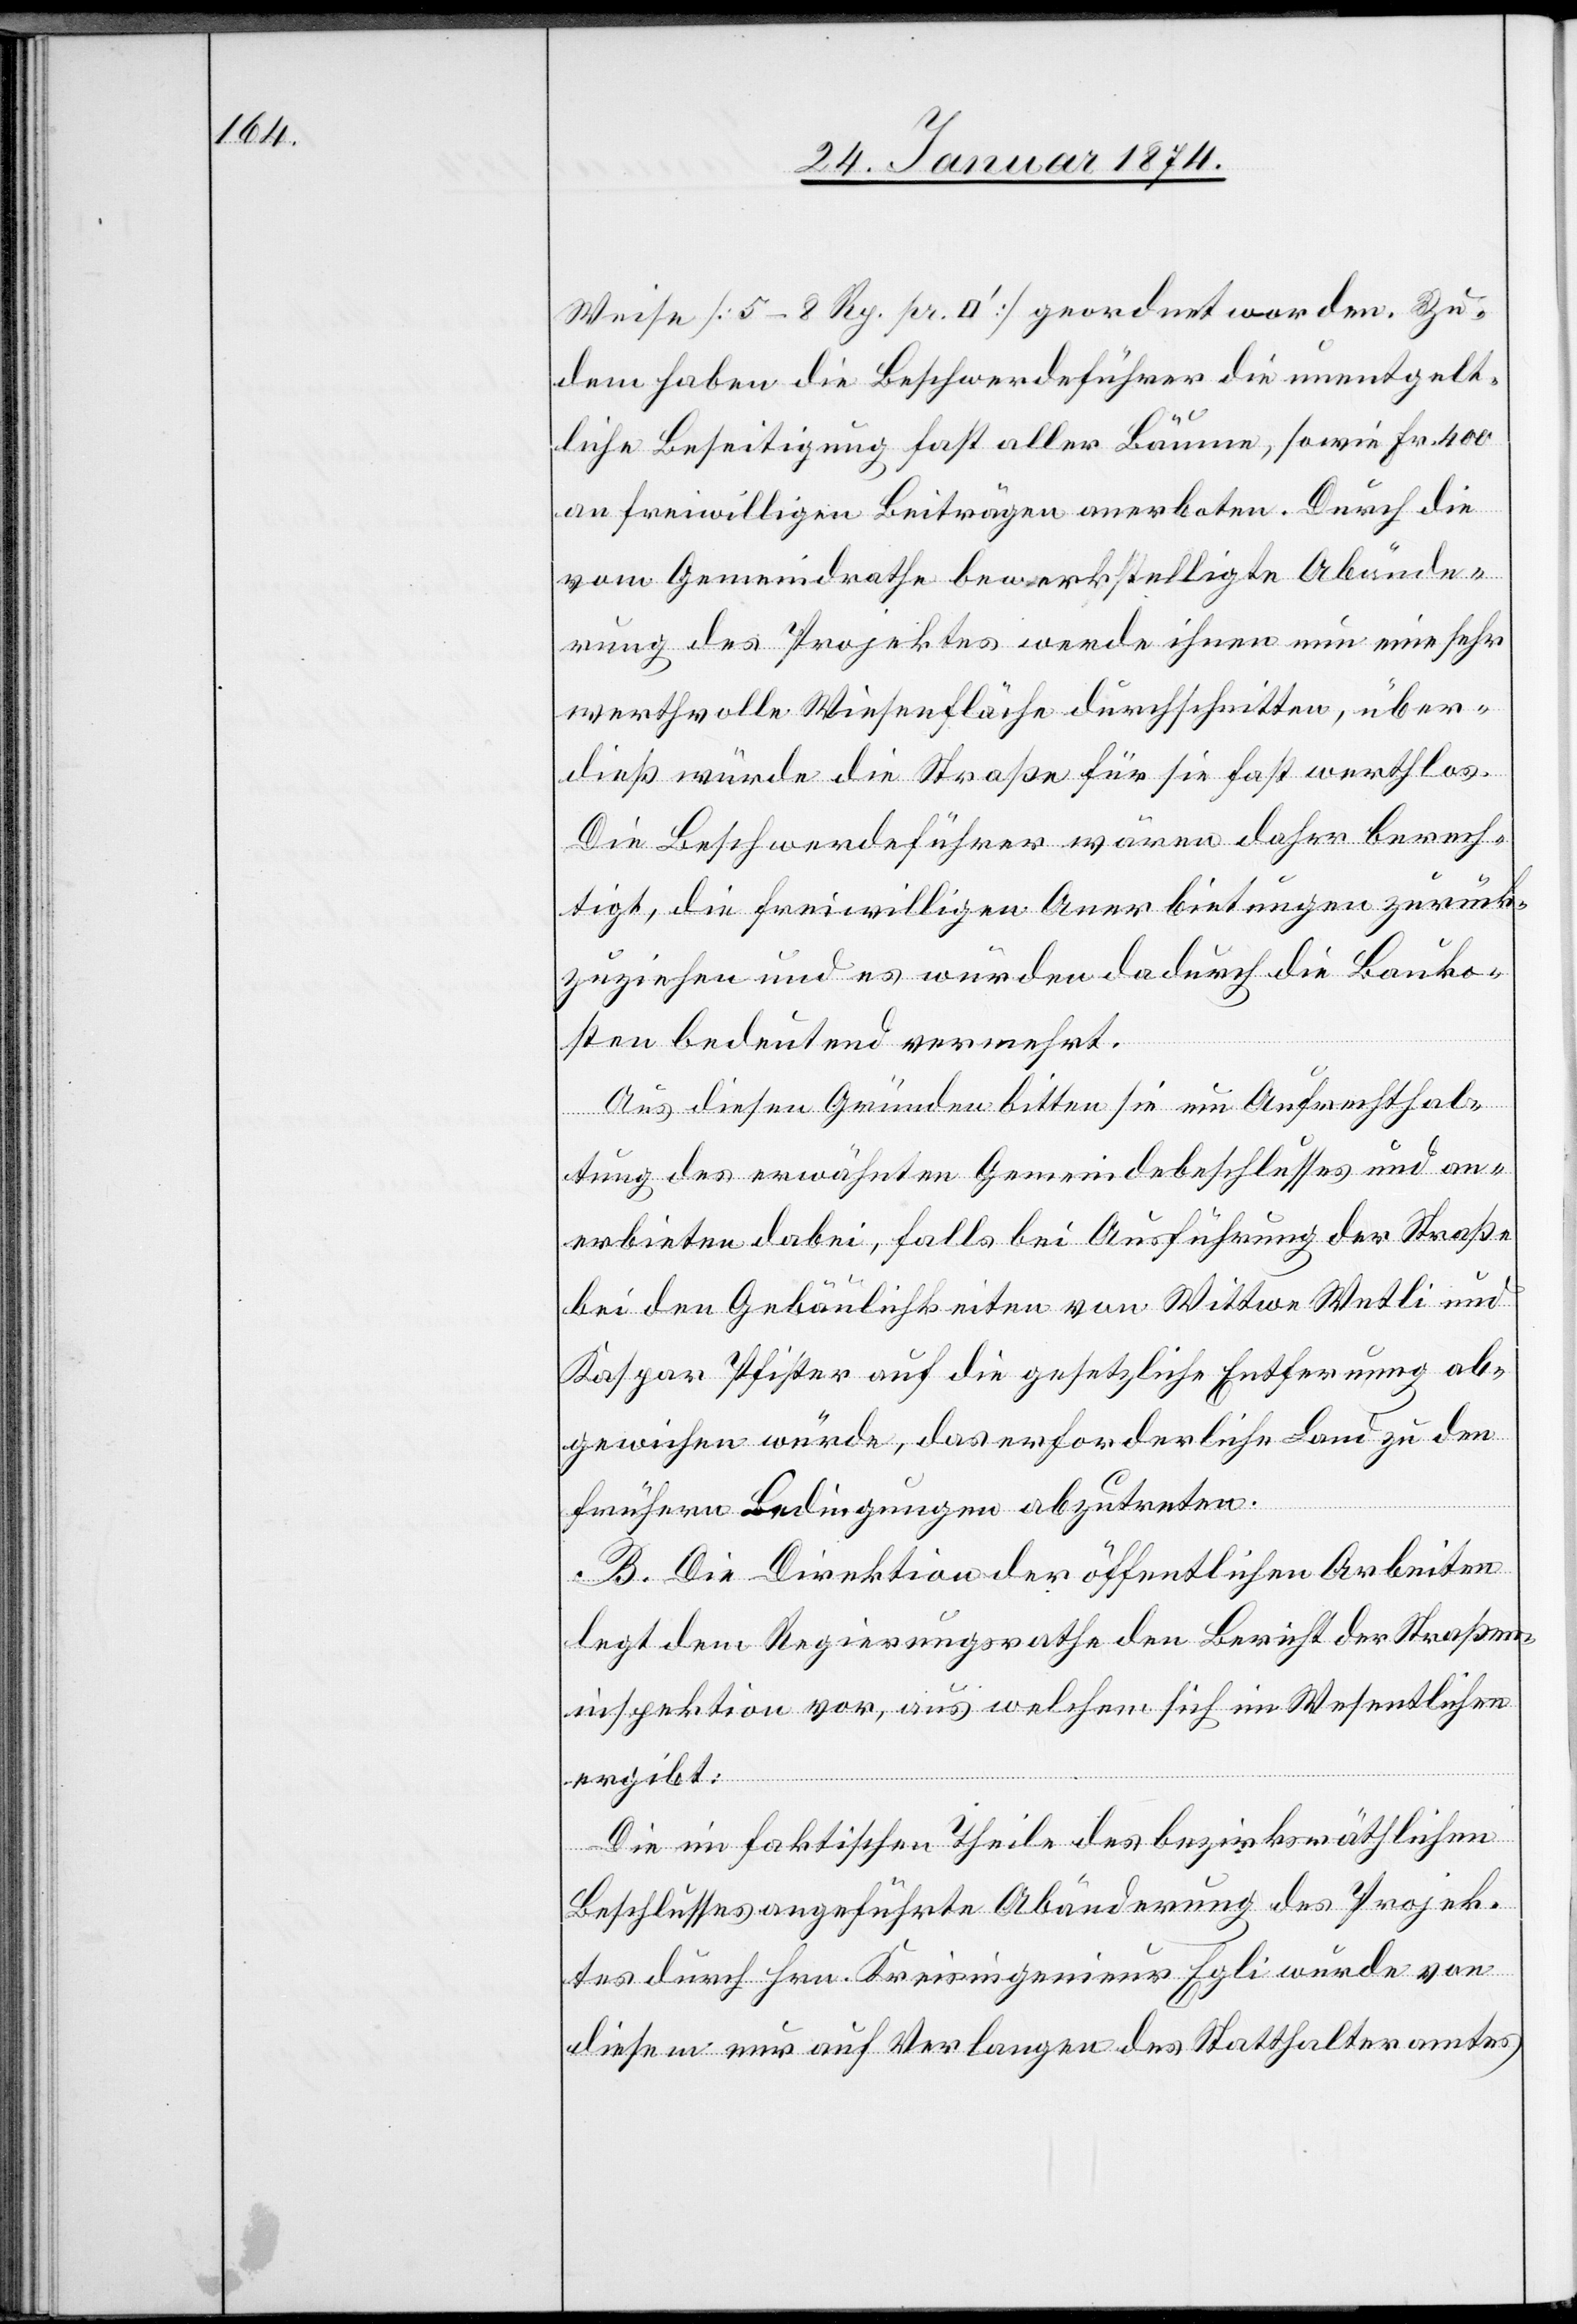
Weise [5–8 Rp. pr. [Quadratfuss]] geordnet worden. Zu¬
dem haben die Beschwerdeführer die unentgelt¬
liche Beseitigung fast aller Bäume, sowie Fr. 400
an freiwilligen Beiträgen anerboten. Durch die
vom Gemeindrathe bewerkstelligte Abände¬
rung des Projektes werde ihnen nun eine sehr
werthvolle Wiesenfläche durchschnitten, über¬
dieß würde die Straße für sie fast werthlos.
Die Beschwerdeführer wären daher berech¬
tigt, die freiwilligen Anerbietungen zurück¬
zuziehen und es würden dadurch die Bauko¬
sten bedeutend vermehrt.
Aus diesen Gründen bitten sie um Aufrechthal¬
tung des erwähnten Gemeindebeschlusses und an¬
erbieten dabei, falls bei Ausführung der Straße
bei den Gebäulichkeiten von Wittwe Wetli und
Kaspar Pfister auf die gesetzliche Entfernung ab¬
gewichen würde, das erforderliche Land zu den
frühern Bedingungen abzutreten.
B. Die Direktion der öffentlichen Arbeiten
legt dem Regierungsrathe den Bericht der Straßen¬
inspektion vor, aus welchem sich im Wesentlichen
ergibt:
Die im faktischen Theile des bezirksräthlichen
Beschlusses angeführte Abänderung des Projek¬
tes durch Hrn. Kreisingenieur Egli würde von
diesem nur auf Verlangen des Statthalteramtes